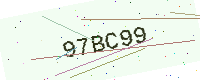
Text: 97BC99